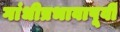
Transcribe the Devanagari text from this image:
गांधीप्रभावापूर्वी